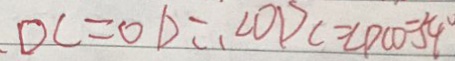
D C = O D \therefore \angle O D C = \angle D C O = 5 4 ^ { \circ }